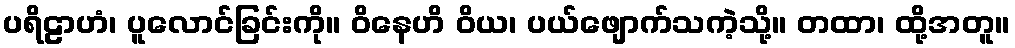
ပရိဠာဟံ၊ ပူလောင်ခြင်းကို။ ဝိနေဟိ ဝိယ၊ ပယ်ဖျောက်သကဲ့သို့။ တထာ၊ ထို့အတူ။